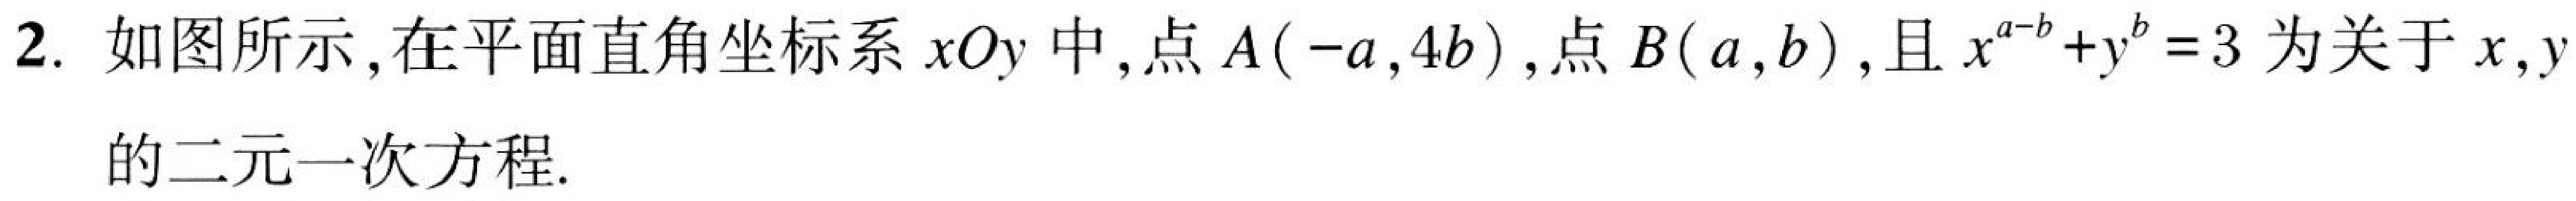
2. 如图所示,在平面直角坐标系$xOy$中,点$A(-a,4b)$,点$B(a,b)$,且$x^{a - b}+y^{b}=3$为关于$x,y$
的二元一次方程.